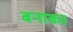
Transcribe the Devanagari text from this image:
बनाकऱ